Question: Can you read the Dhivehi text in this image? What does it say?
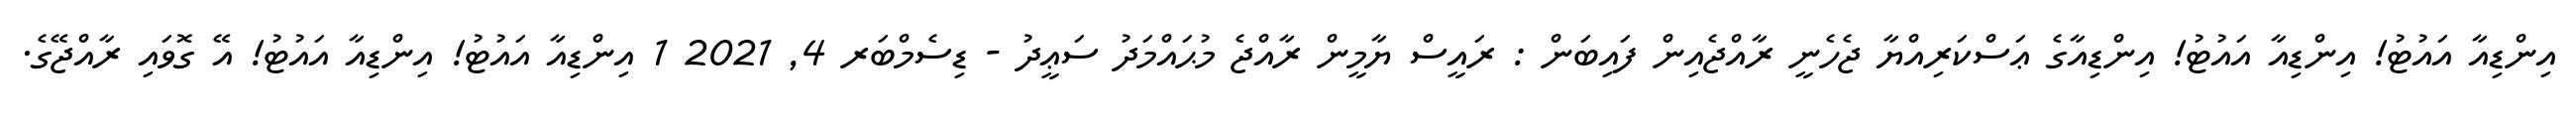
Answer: އިންޑިއާ އައުޓު! އިންޑިއާ އައުޓު! އިންޑިއާގެ ޢަސްކަރިއްޔާ ޖެހެނީ ރާއްޖެއިން ފައިބަން : ރައީސް ޔާމީން ރާއްޖެ މުޙައްމަދު ސަޢީދު - ޑިސެމްބަރ 4, 2021 1 އިންޑިއާ އައުޓު! އިންޑިއާ އައުޓު! އޭ ގޮވައި ރާއްޖޭގެ.